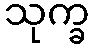
သုက္ခ